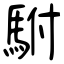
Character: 駙